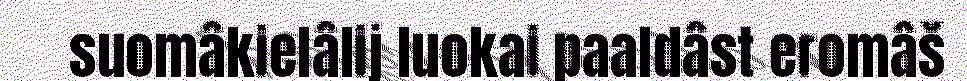
suomâkielâlij luokai paaldâst eromâš